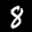
Label: 8